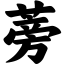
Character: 蒡